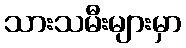
သားသမီးများမှာ